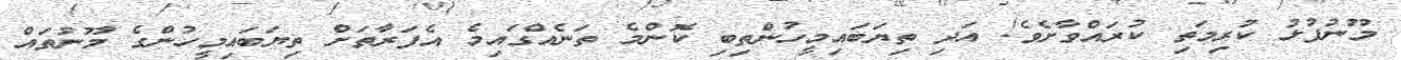
މޫނުފުޅު ކުރިމަތި ކުރައްވާށެވެ! އަދި ތިޔަބައިމީހުންތިބި ކޮންމެ ތަނެއްގައިމެ އެފަރާތަށް ތިޔަބައިމީހުންގެ މޫނުތައް